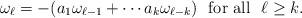
LaTeX: \begin{align*} \omega_\ell=-(a_1\omega_{\ell-1}+\cdots a_k\omega_{\ell-k})\mbox{ \ for all \ }\ell\ge k.\end{align*}